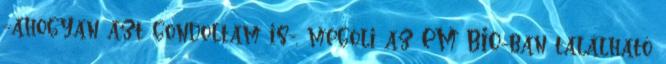
-ahogyan azt gondoltam is-, megöli az EM BIO-ban található